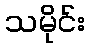
သမိုင်း